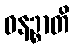
ဓနဉ္စာတိ